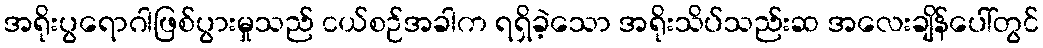
အရိုးပွရောဂါဖြစ်ပွားမှုသည် ငယ်စဉ်အခါက ရရှိခဲ့သော အရိုးသိပ်သည်းဆ အလေးချိန်ပေါ်တွင်